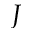
J